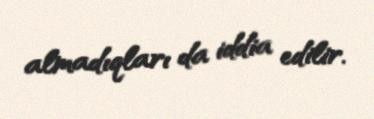
almadıqları da iddia edilir.